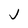
Character: j